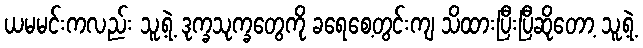
ယမမင်းကလည်း သူ့ရဲ့ ဒုက္ခသုက္ခတွေကို ခရေစေ့တွင်းကျ သိထားပြီးပြီဆိုတော့ သူ့ရဲ့